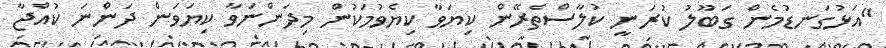
"އަޅުގަނޑުމެން ގަބޫލު ކުރަނީ ކުލާސްތެރޭން ކިޔަވާ ކިޔެވުމަކުން މިދަންނަވާ ކިޔަވަން ދަންނަ ކުއްޖާ